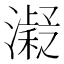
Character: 𱩨